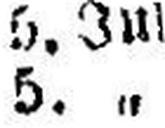
5. „